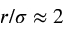
r / \sigma \approx 2